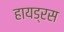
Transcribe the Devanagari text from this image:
हायड्रस